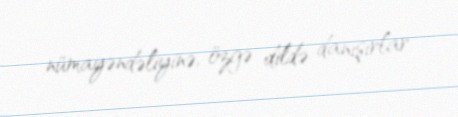
nümayəndəliyinə, özgə dildə danışırlar.